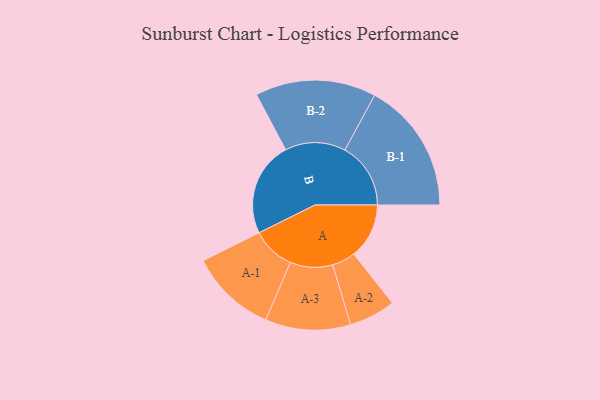
{"axis": {"x": "Segment", "y": "Value"}, "legend": ["", "A", "B"], "data": [{"x": "A", "y": 247, "type": ""}, {"x": "B", "y": 423, "type": ""}, {"x": "A-1", "y": 193, "type": "A"}, {"x": "A-2", "y": 104, "type": "A"}, {"x": "A-3", "y": 190, "type": "A"}, {"x": "B-1", "y": 294, "type": "B"}, {"x": "B-2", "y": 270, "type": "B"}]}